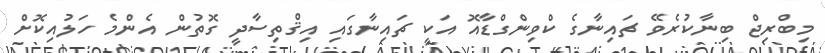
މިބްރިޖް ބިނާކުރެވޭ ޗައިނާގެ ކްވިންގްޑާއޮ އަކީ ޗައިނާގައި އިޤްތިސާދީ ގޮތުން އެންމެ ހަލުއިކޮށް